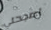
اصبحتي